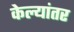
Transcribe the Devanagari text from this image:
केल्यांतर